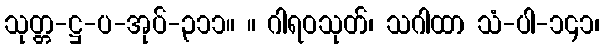
သုတ္တ-ဋ္ဌ-ပ-အုပ်-၃၁၁။ ။ ဂါရဝသုတ်၊ သဂါထာ သံ-ပါ-၁၄၁၊